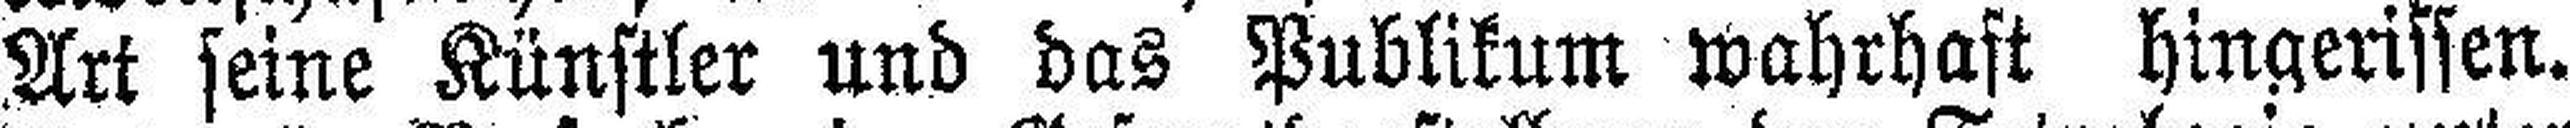
Art seine Künstler und das Publikum wahrhaft hingerissen.